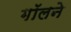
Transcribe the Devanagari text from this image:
गॉलने